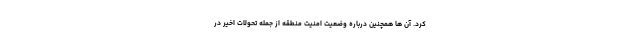
کرد. آن ها همچنین درباره وضعیت امنیت منطقه از جمله تحولات اخیر در